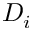
D _ { i }